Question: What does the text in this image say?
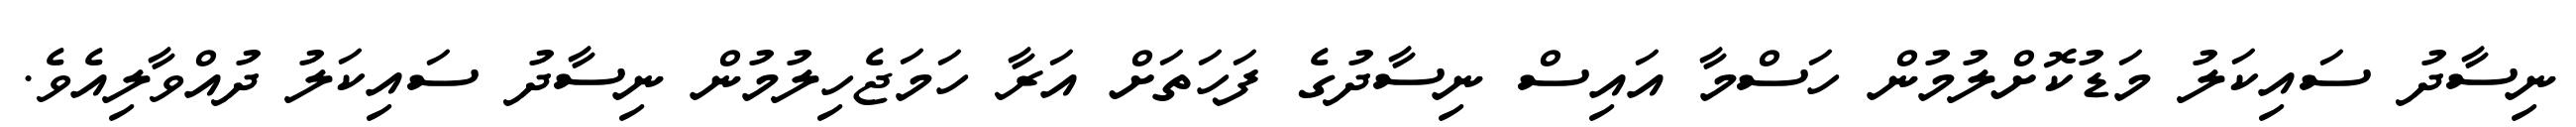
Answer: ނިސާދު ސައިކަލު މަޑުކޮށްލުމުން ހަސްމާ އައިސް ނިސާދުގެ ފަހަތަށް އަރާ ހަމަޖެހިލުމުން ނިސާދު ސައިކަލު ދުއްވާލިއެވެ.